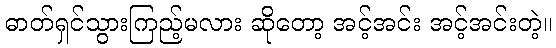
ဓာတ်ရှင်သွားကြည့်မလား ဆိုတော့ အင့်အင်း အင့်အင်းတဲ့။